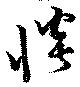
惔